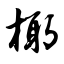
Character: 椰